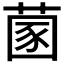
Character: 𦵣